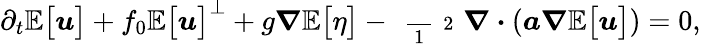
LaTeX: \partial_{t}\mathbb{E}\big[\boldsymbol{u}\big]+f_{0}\mathbb{E}\big[\boldsymbol{u}\big]^{\perp}+g\boldsymbol{\nabla}\mathbb{E}\big[\eta\big]-\mathrm{~\scriptsize~\frac~{~1~}~{~2~}~}\boldsymbol{\nabla}\boldsymbol{\cdot}(\boldsymbol{a}\boldsymbol{\nabla}\mathbb{E}\big[\boldsymbol{u}\big])=0,